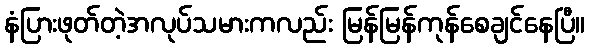
နံပြားဖုတ်တဲ့အလုပ်သမားကလည်း မြန်မြန်ကုန်စေချင်နေပြီ။